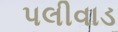
પલીવાડ